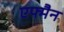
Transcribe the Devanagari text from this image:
एफ्मैन